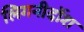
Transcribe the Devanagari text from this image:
लिगनीर्दोश